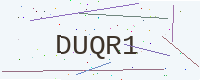
Text: DUQR1